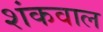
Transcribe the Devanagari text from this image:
शंकवाल